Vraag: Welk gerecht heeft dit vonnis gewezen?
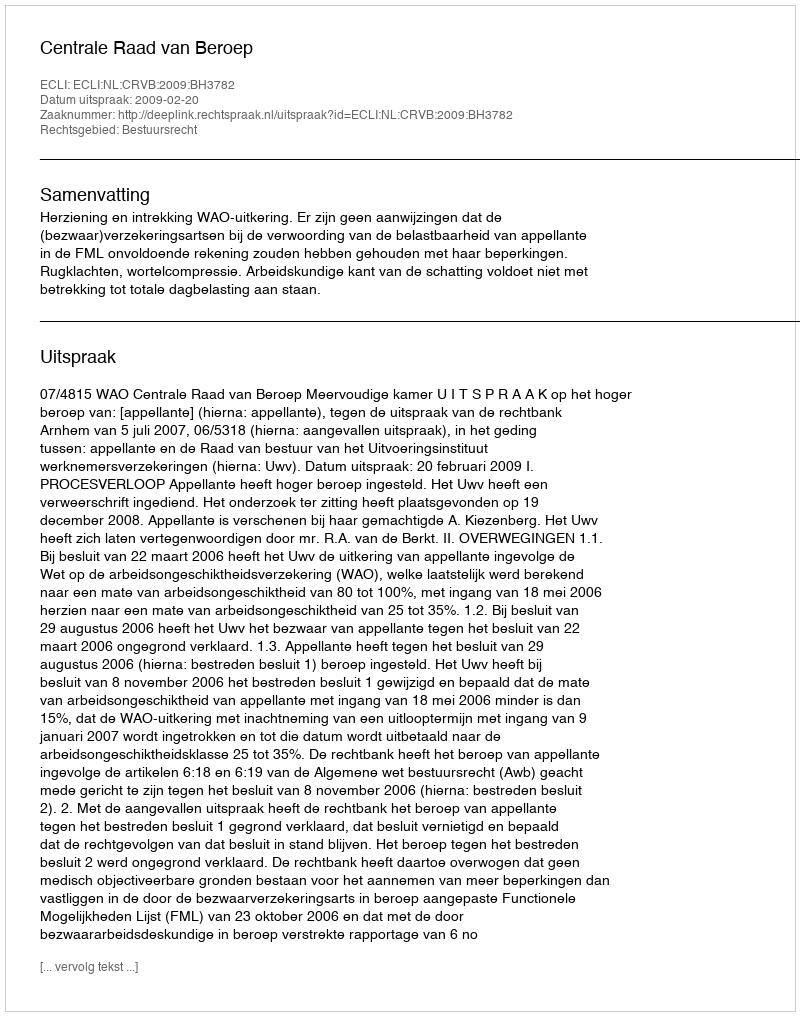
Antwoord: Centrale Raad van Beroep